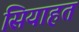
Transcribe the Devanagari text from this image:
सियाहत